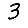
Digit: 3